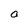
Character: a